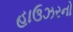
હાઉઝરનો